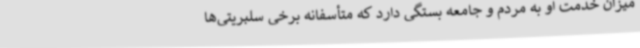
میزان خدمت او به مردم و جامعه بستگی دارد که متأسفانه برخی سلبریتی‌ها